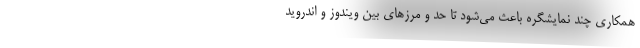
همکاری چند نمایشگره باعث می‌شود تا حد و مرزهای بین ویندوز و اندروید